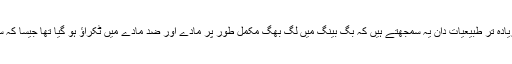
اگرچہ موجودہ دور کے زیادہ تر طبیعیات دان یہ سمجھتے ہیں کہ بگ بینگ میں لگ بھگ مکمل طور پر مادّے اور ضد مادّے میں ٹکراؤ ہو گیا تھا جیسا کہ سخاروف بھی سمجھتا ہے۔